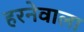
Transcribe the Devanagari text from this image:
हरनेवाला